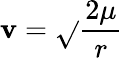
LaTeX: \mathbf{v}={\sqrt{}{{\frac{{2\mu}}{{r}}}}}